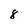
Character: 8